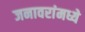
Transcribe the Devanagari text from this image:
जनावरांमध्ये